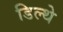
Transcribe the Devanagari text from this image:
डिल्थे